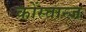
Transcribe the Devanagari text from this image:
कोंस्तान्ज़